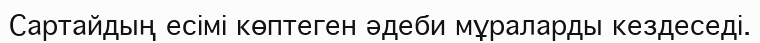
Сартайдың есімі көптеген әдеби мұраларды кездеседі.